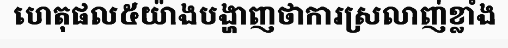
ហេតុផល៥យ៉ាងបង្ហាញថាការស្រលាញ់ខ្លាំង